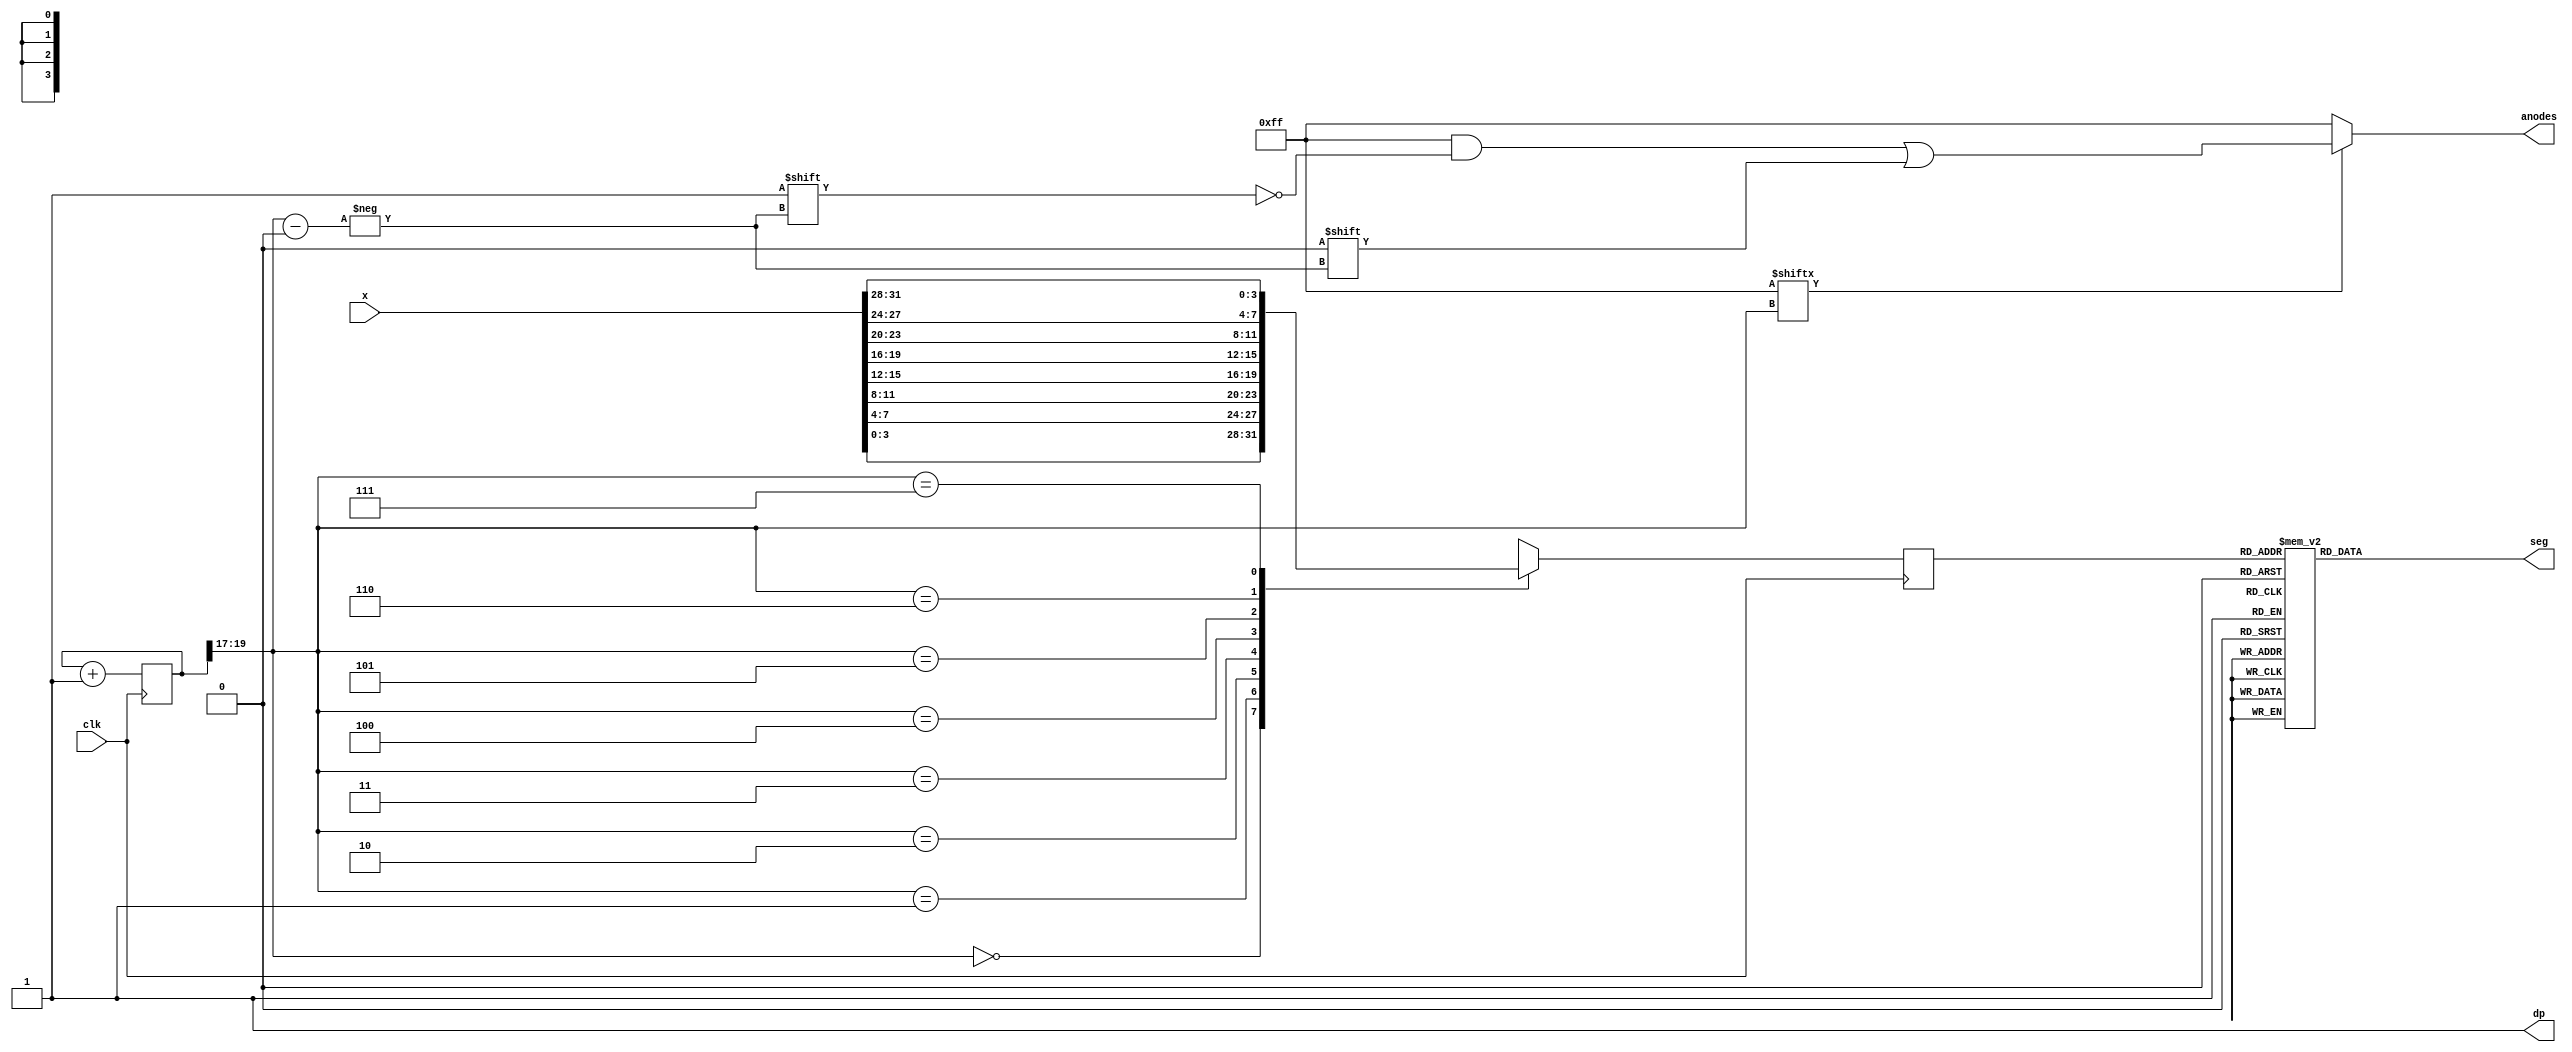
`timescale 1ns / 1ps
//////////////////////////////////////////////////////////////////////////////////
// Company: 
// Engineer: 
// 
// Design Name: 
// Module Name: SevenSegmentDisplay
// Project Name: 
// Target Devices: 
// Tool Versions: 
// Description: 
// 
// Dependencies: 
// 
// Revision:
// Revision 0.01 - File Created
// Additional Comments:
// 
//////////////////////////////////////////////////////////////////////////////////


module SevenSegmentDisplay(
    input clk,
    input [31:0] x,
    output wire dp,
    output reg [7:0] anodes,
    output reg [6:0] seg
);

    reg [19:0] clk_div = 0;
    wire [2:0] s;
    reg [3:0] digit;
    wire [7:0] aen;
    
    assign s = clk_div[19:17];
    assign dp = 1'b1;
    assign aen = 8'b11111111; // all turned off initially
    //assign anodes = 8'b11111111;

    always @(posedge clk) begin
        case (s)
            0 : digit <= x[3:0];
            1 : digit <= x[7:4];
            2 : digit <= x[11:8];
            3 : digit <= x[15:12];
            4 : digit <= x[19:16];
            5 : digit <= x[23:20];
            6 : digit <= x[27:24];
            7 : digit <= x[31:28];
            
            default : digit <= x[3:0];
        endcase
    end
    
    always @(*) begin
        case(digit)
            0   : seg = 7'b1000000;
            1   : seg = 7'b1111001;
            2   : seg = 7'b0100100;
            3   : seg = 7'b0110000;
            4   : seg = 7'b0011001;
            5   : seg = 7'b0010010;
            6   : seg = 7'b0000010;
            7   : seg = 7'b1111000;
            8   : seg = 7'b0000000;
            9   : seg = 7'b0010000;
            'hA : seg = 7'b0001000;
            'hB : seg = 7'b0000011;
            'hC : seg = 7'b1000110;
            'hD : seg = 7'b0100001;
            'hE : seg = 7'b0000110;
            'hF : seg = 7'b0001110;
            
            default : seg = 7'b0000000;
        endcase
    end
    always @(*)begin
      anodes=8'b11111111;
      if(aen[s] == 1)
        anodes[s] = 0;
    end
    /*
    always @(*) begin
        anodes = 8'b1111111;
        anodes[s] = 1'b0;
    end
    */
    always @(posedge clk) begin
        clk_div <= clk_div + 1'b1;
    end


endmodule